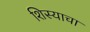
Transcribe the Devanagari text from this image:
शिस्याचा